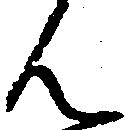
ん